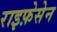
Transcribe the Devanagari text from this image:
राइफ़ेसेन